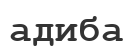
адиба